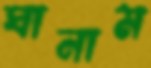
ঘানাম